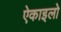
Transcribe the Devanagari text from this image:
ऐकाइलो